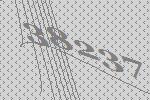
38237